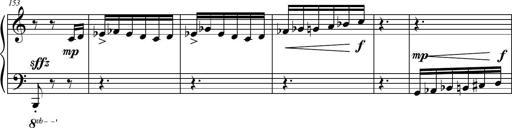
Title: Petite Sonatine
Composer: Richard St. Clair